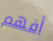
أفهم